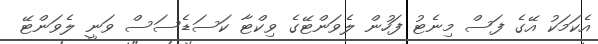
އެކަމަކު އޭގެ ފަސް މިނެޓު ފަހުން ލެވަންޓޭގެ ވިކްޓާ ކަސަޑެސަސް ވަނީ ލެވަންޓޭ